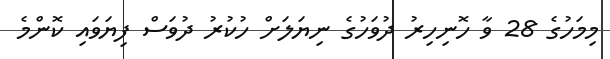
މިމަހުގެ 28 ވާ ހޮނިހިރު ދުވަހުގެ ނިޔަލަށް ހުކުރު ދުވަސް ފިޔަވައި ކޮންމެ